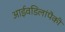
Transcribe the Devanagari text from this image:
आईवडिलांपैकी